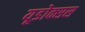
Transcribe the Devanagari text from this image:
यूडोक्सस